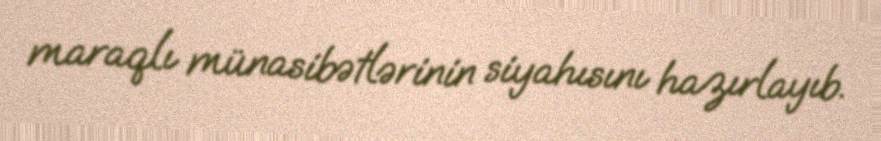
maraqlı münasibətlərinin siyahısını hazırlayıb.